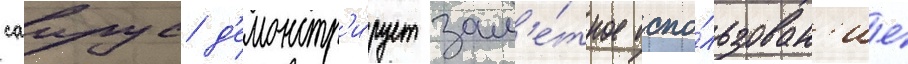
саирус д'емонстр'и́рует зам'е́тное испо́льзован'ие